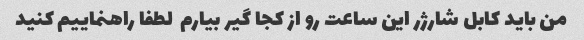
من باید کابل شارژر این ساعت رو از کجا گیر بیارم  لطفا راهنماییم کنید